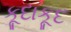
કૂદાકૂદ